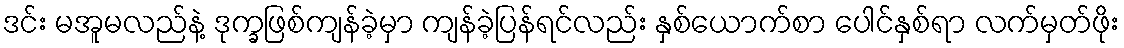
ဒင်း မအူမလည်နဲ့ ဒုက္ခဖြစ်ကျန်ခဲ့မှာ ကျန်ခဲ့ပြန်ရင်လည်း နှစ်ယောက်စာ ပေါင်နှစ်ရာ လက်မှတ်ဖိုး